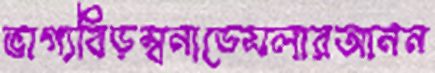
ভাগ্যবিড়ম্বনাডেসলারআনন